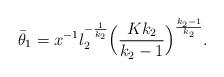
LaTeX: \begin{align*}\bar{\theta}_1=x^{-1}l_2^{-\frac{1}{k_2}}\Big(\frac{Kk_2}{k_2-1}\Big)^{\frac{k_2-1}{k_2}}.\end{align*}